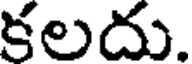
కలదు.